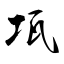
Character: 瓨